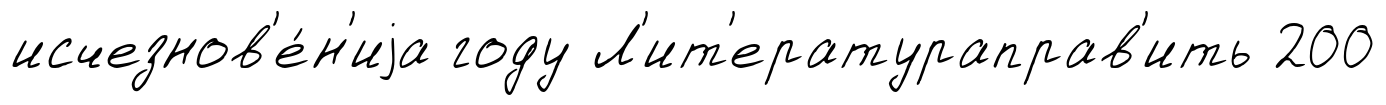
исчезнов'е́н'иjа году Л'ит'ератураправ'ить 200